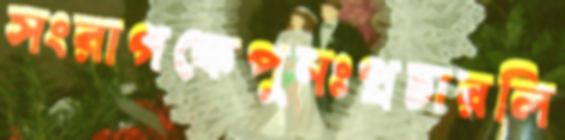
সংরাগকেপুনঃপ্রচারলি